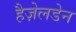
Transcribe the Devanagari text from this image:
हैज़ेलडेन